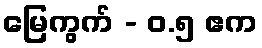
မြေကွက် - ၀.၅ ဧက